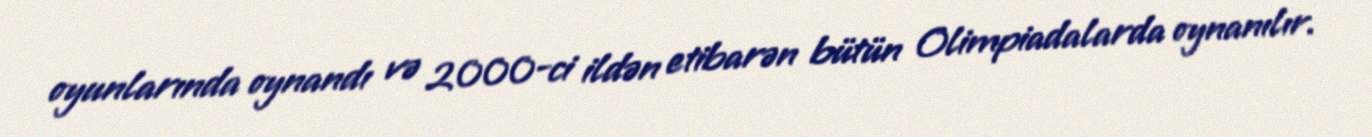
oyunlarında oynandı və 2000-ci ildən etibarən bütün Olimpiadalarda oynanılır.